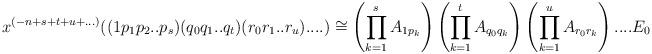
LaTeX: \begin{align*}x^{(-n+s+t+u+...)}((1p_1p_2..p_s)(q_0q_1..q_t)(r_0r_1..r_u)....) \cong \left( \prod_{k=1}^s A_{1p_k} \right) \left( \prod_{k=1}^t A_{q_0q_k} \right)\left( \prod_{k=1}^u A_{r_0r_k} \right) .... E_0\end{align*}